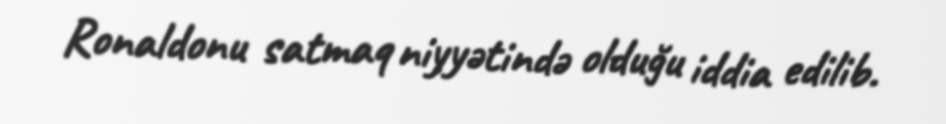
Ronaldonu satmaq niyyətində olduğu iddia edilib.